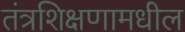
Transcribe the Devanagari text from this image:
तंत्रशिक्षणामधील